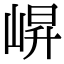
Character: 𭖬